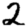
Digit: 2